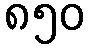
၈၅၀